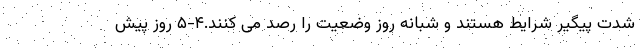
شدت پیگیر شرایط هستند و شبانه روز وضعیت را رصد می کنند.۴-۵ روز پیش